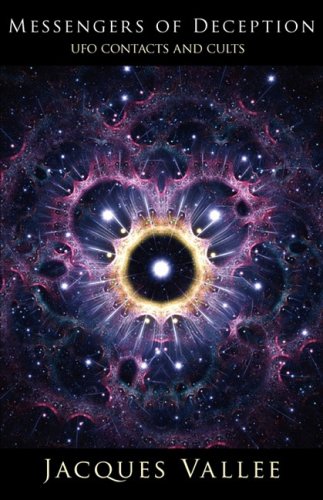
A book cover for Messengers of Deception: UFO Contacts and Cults; Jacques Vallee; Science & Math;